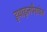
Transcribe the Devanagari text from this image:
इथाइलपैराबेन